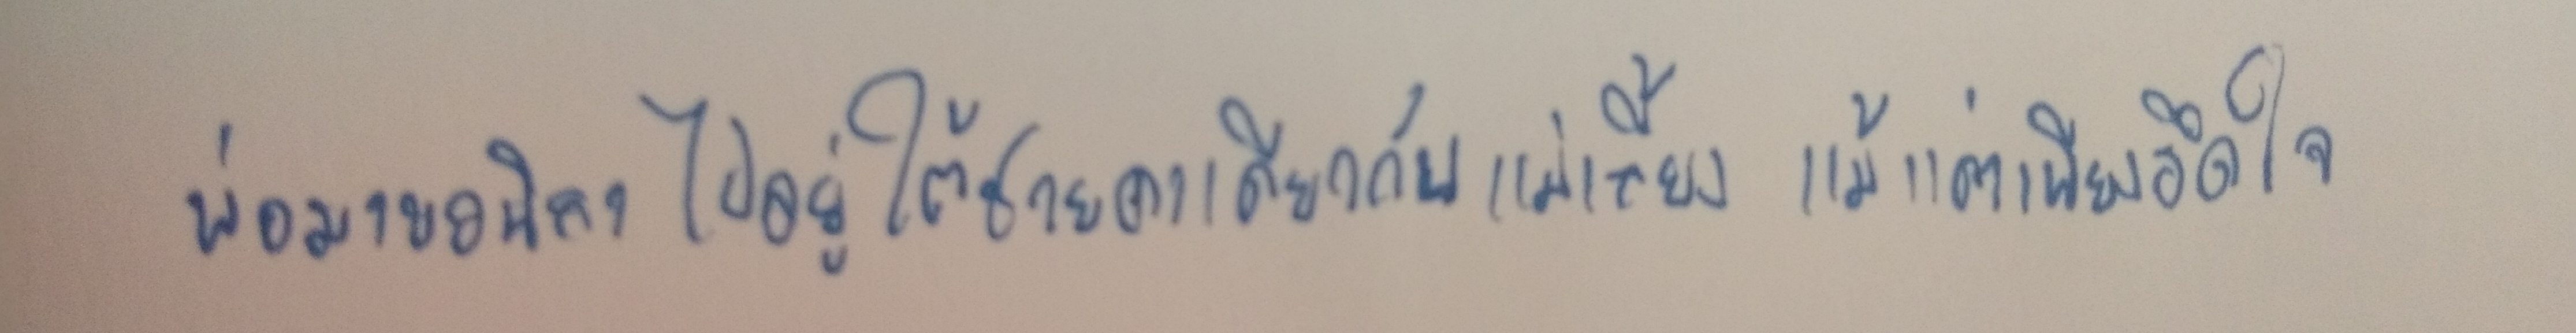
พ่อมาขอนิลลาไปอยู่ใต้ชายคาเดียวกับแม่เลี้ยงแม้แต่เพียงอึดใจ